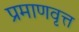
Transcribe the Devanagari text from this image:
प्रमाणवृत्त